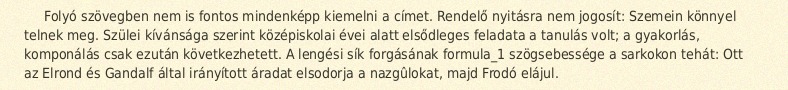
Folyó szövegben nem is fontos mindenképp kiemelni a címet. Rendelő nyitásra nem jogosít: Szemein könnyel telnek meg. Szülei kívánsága szerint középiskolai évei alatt elsődleges feladata a tanulás volt; a gyakorlás, komponálás csak ezután következhetett. A lengési sík forgásának formula_1 szögsebessége a sarkokon tehát: Ott az Elrond és Gandalf által irányított áradat elsodorja a nazgûlokat, majd Frodó elájul.